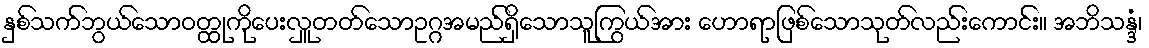
နှစ်သက်ဘွယ်သောဝတ္ထုကိုပေးလှူတတ်သောဥဂ္ဂအမည်ရှိသောသူကြွယ်အား ဟောရာဖြစ်သောသုတ်လည်းကောင်း။ အဘိသန္ဒံ၊